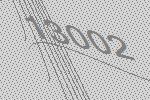
13002